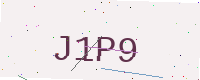
Text: J1P9